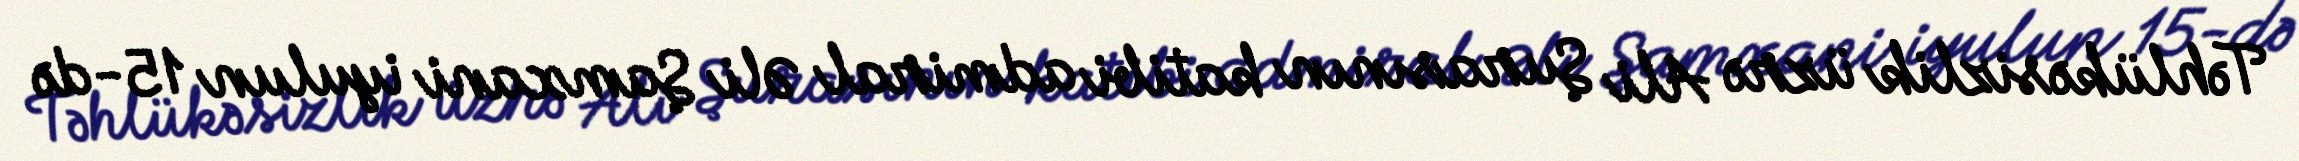
Təhlükəsizlik üzrə Ali Şurasının katibi admiral Əli Şamxani iyulun 15-də